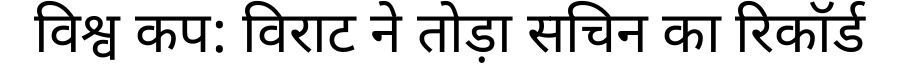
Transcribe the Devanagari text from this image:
विश्व कप: विराट ने तोड़ा सचिन का रिकॉर्ड